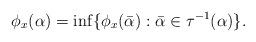
LaTeX: \begin{align*} \phi_x(\alpha) = \inf\{\phi_x(\bar\alpha): \bar\alpha\in\tau^{-1}(\alpha)\}.\end{align*}